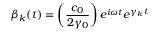
\beta _ { k } ( t ) = \left( \frac { c _ { 0 } } { 2 \gamma _ { 0 } } \right) e ^ { i \omega t } e ^ { \gamma _ { k } t }